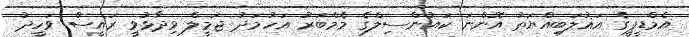
އެމްޑީޕީގެ އަޣުލަބިއްޔަތު އޮންނަ ކައުންސިލްގެ މެމްބަރު އަހުމަދު ޖަމީލް ވިދާޅުވީ ރައީސް ވަހީދު